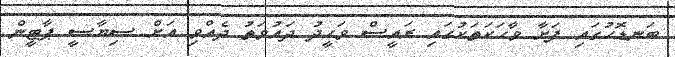
ބަނޑޮހުގައި ފަށާ ވާހަކަތަކުގައި ރައީސް ވަހީދު ދައުވަތު ދެއްވި އަށް ސިޔާސީ ޕާޓީން